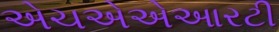
એચએએઆરટી